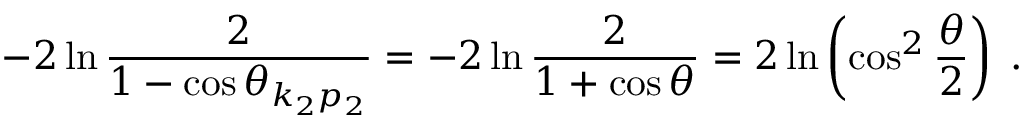
- 2 \ln \frac { 2 } { 1 - \cos \theta _ { k _ { 2 } p _ { 2 } } } = - 2 \ln \frac { 2 } { 1 + \cos \theta } = 2 \ln \left( \cos ^ { 2 } \frac { \theta } { 2 } \right) \; .